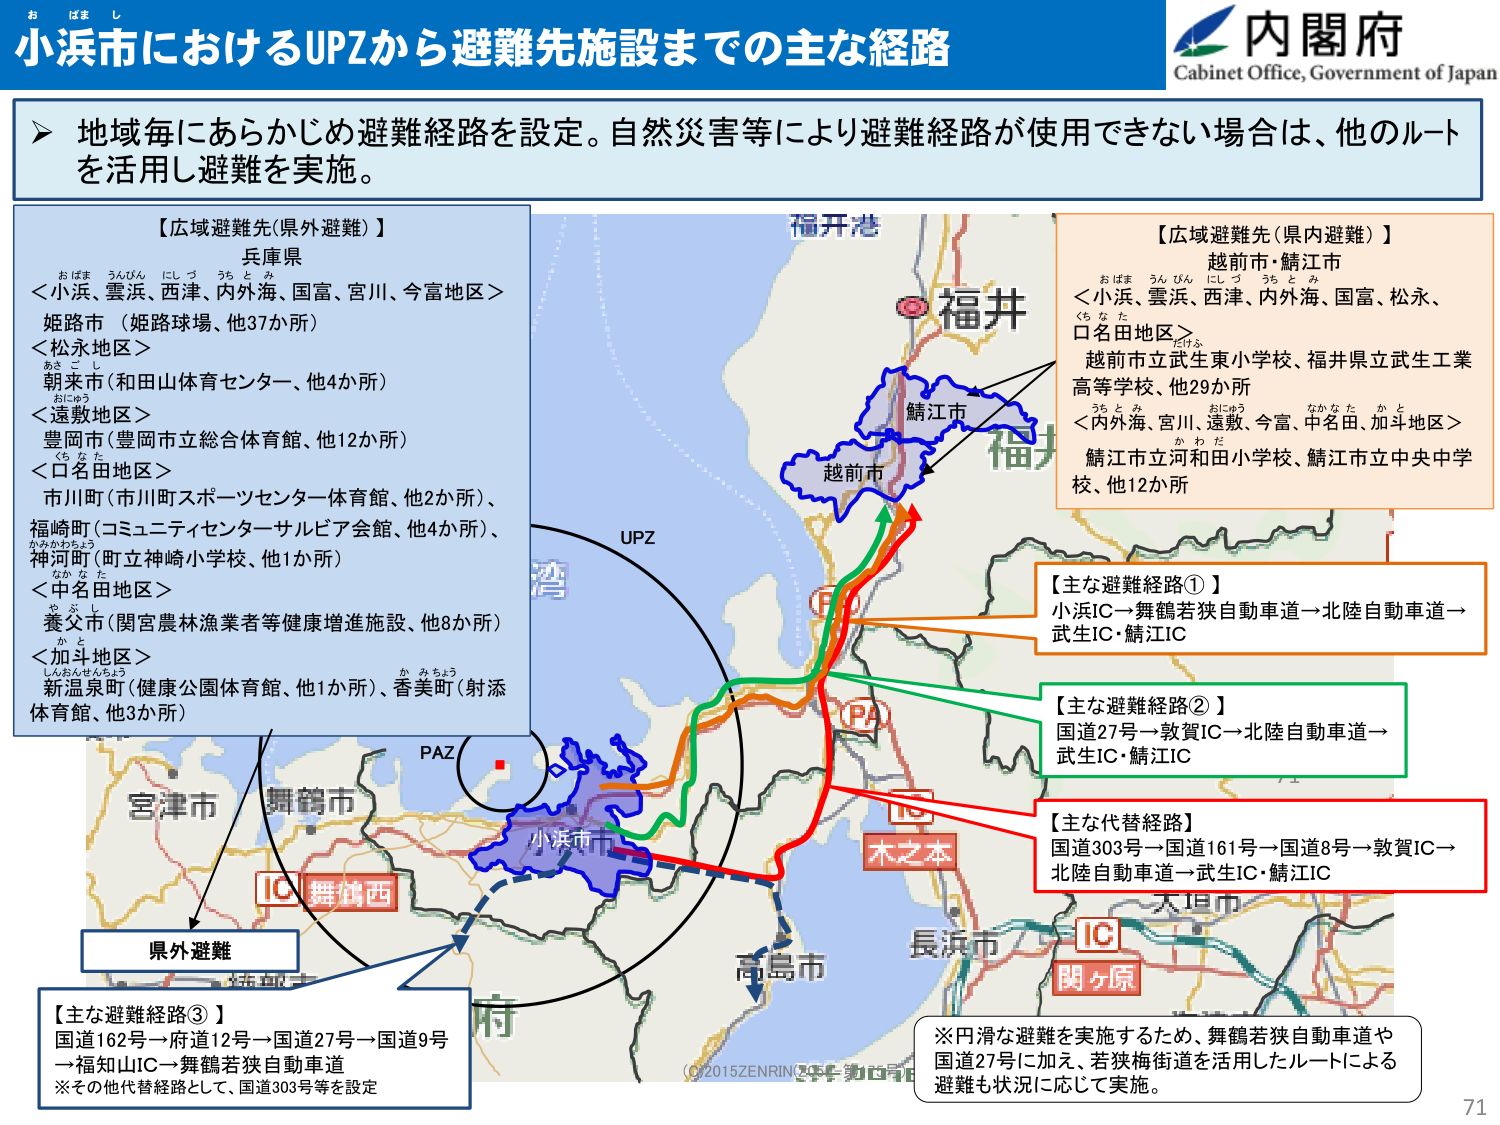
小浜市におけるUPZから避難先施設までの主な経路

内閣府
Cabinet Office, Government of Japan

地域毎にあらかじめ避難経路を設定。自然災害等により避難経路が使用できない場合は、他のルートを活用し避難を実施。

【広域避難先（県外避難）】
兵庫県
＜小浜、雲浜、西洋、内外海、国富、宮川、今富地区＞
姫路市（姫路球場、他37か所）
＜松永地区＞
朝来市（和田山体育センター、他4か所）
＜遠敷地区＞
豊岡市（豊岡市立総合体育館、他12か所）
＜口名田地区＞
市川町（市川町スポーツセンター体育館、他2か所）、
福崎町（コミュニティセンターサルビア会館、他4か所）、
神河町（町立神崎小学校、他1か所）
＜中名田地区＞
養父市（関宮農林漁業者等健康増進施設、他8か所）
＜加斗地区＞
新温泉町（健康公園体育館、他1か所）、香美町（射添体育館、他3か所）

【広域避難先（県内避難）】
越前市・鯖江市
＜小浜、雲浜、西洋、内外海、国富、松永、口名田地区＞
越前市立武生東小学校、福井県立武生工業高等学校、他29か所
＜内外海、宮川、遠敷、今富、中名田、加斗地区＞
鯖江市立河和田小学校、鯖江市立中央中学校、他12か所

【主な避難経路①】
小浜IC→舞鶴若狭自動車道→北陸自動車道→武生IC・鯖江IC

【主な避難経路②】
国道27号→敦賀IC→北陸自動車道→武生IC・鯖江IC

【主な代替経路】
国道303号→国道161号→国道8号→敦賀IC→北陸自動車道→武生IC・鯖江IC

【主な避難経路③】
国道162号→府道12号→国道27号→国道9号→福知山IC→舞鶴若狭自動車道
※その他代替経路として、国道303号等を設定

※円滑な避難を実施するため、舞鶴若狭自動車道や国道27号に加え、若狭梅街道を活用したルートによる避難も状況に応じて実施。

福井
福開港
越前市
鯖江市
木之本
長浜市
大垣市
関ヶ原
IC
IC
舞鶴西
PA
PAZ
UPZ
小浜市
宮津市
舞鶴市
高島市
湾
県外避難
(C)2015ZENRIN

71